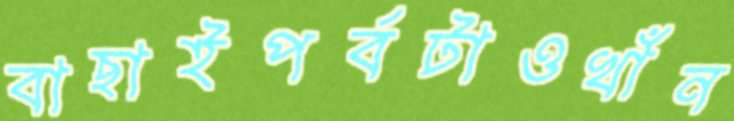
বাছাইপর্বটাওখাঁন